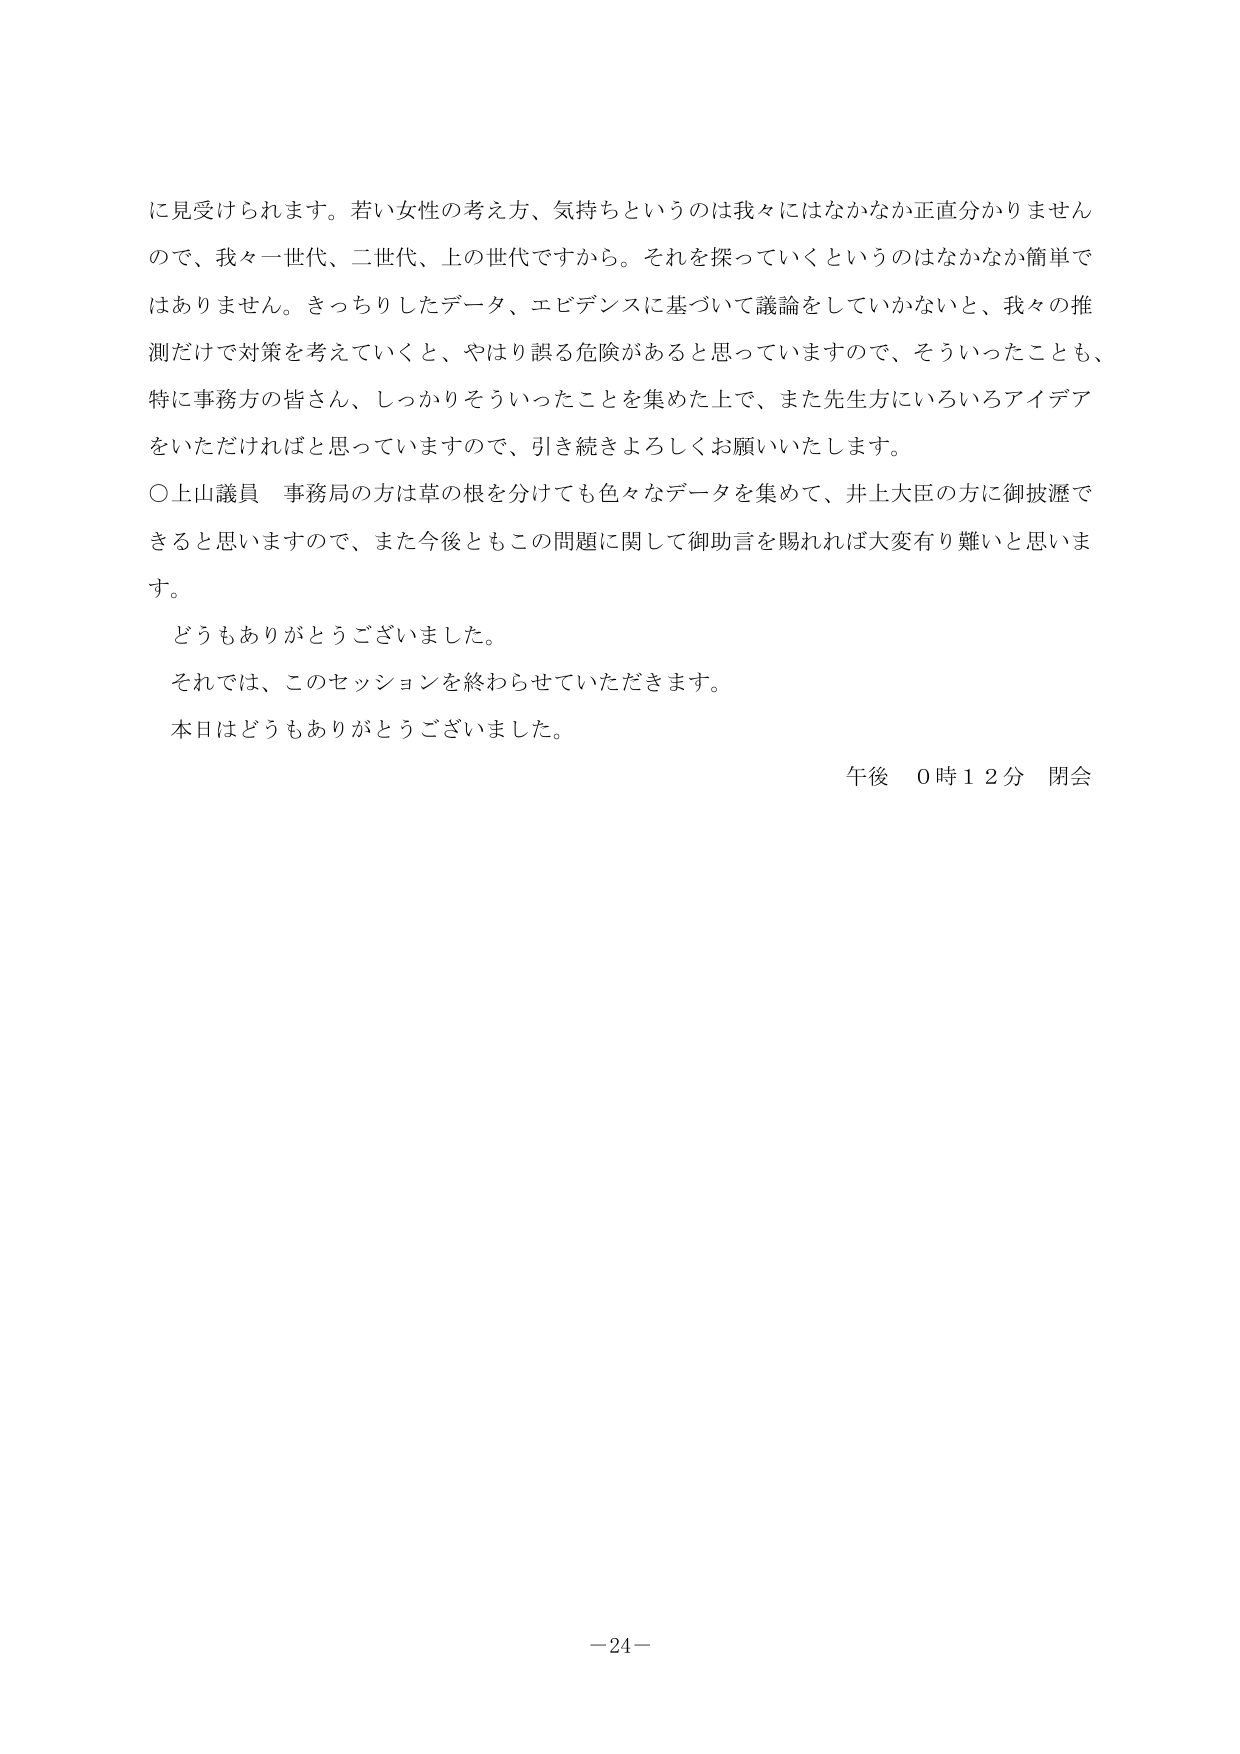
に見受けられます。若い女性の考え方、気持ちというのは我々にはなかなか正直分かりませんので、我々一世代、二世代、上の世代ですから。それを探っていくというのはなかなか簡単ではありません。きっちりしたデータ、エビデンスに基づいて議論をしていかないと、我々の推測だけで対策を考えていくと、やはり誤る危険があると思っていますので、そういったことも、特に事務方の皆さん、しっかりそういったことを集めた上で、また先生方にいろいろアイデアをいただければと思っていますので、引き続きよろしくお願いいたします。

○上山議員 事務局の方は草の根を分けても色々なデータを集めて、井上大臣の方に御披瀝できると思いますので、また今後ともこの問題に関して御助言を賜れれば大変有り難いと思います。

どうもありがとうございました。

それでは、このセッションを終わらせていただきます。

本日はどうもありがとうございました。

午後 0時12分 閉会

－24－